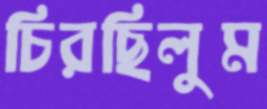
চিরছিলুম